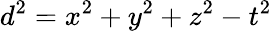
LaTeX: d^{2}=x^{2}+y^{2}+z^{2}-t^{2}